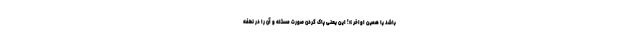
باشد یا همین اواخر »! این یعنی پاک کردن صورت مسئله و آن را در نطفه